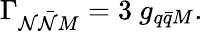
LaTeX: \Gamma_{\mathcal{N}\bar{{\mathcal{N}}}M}=3~g_{q\bar{{q}}M}.